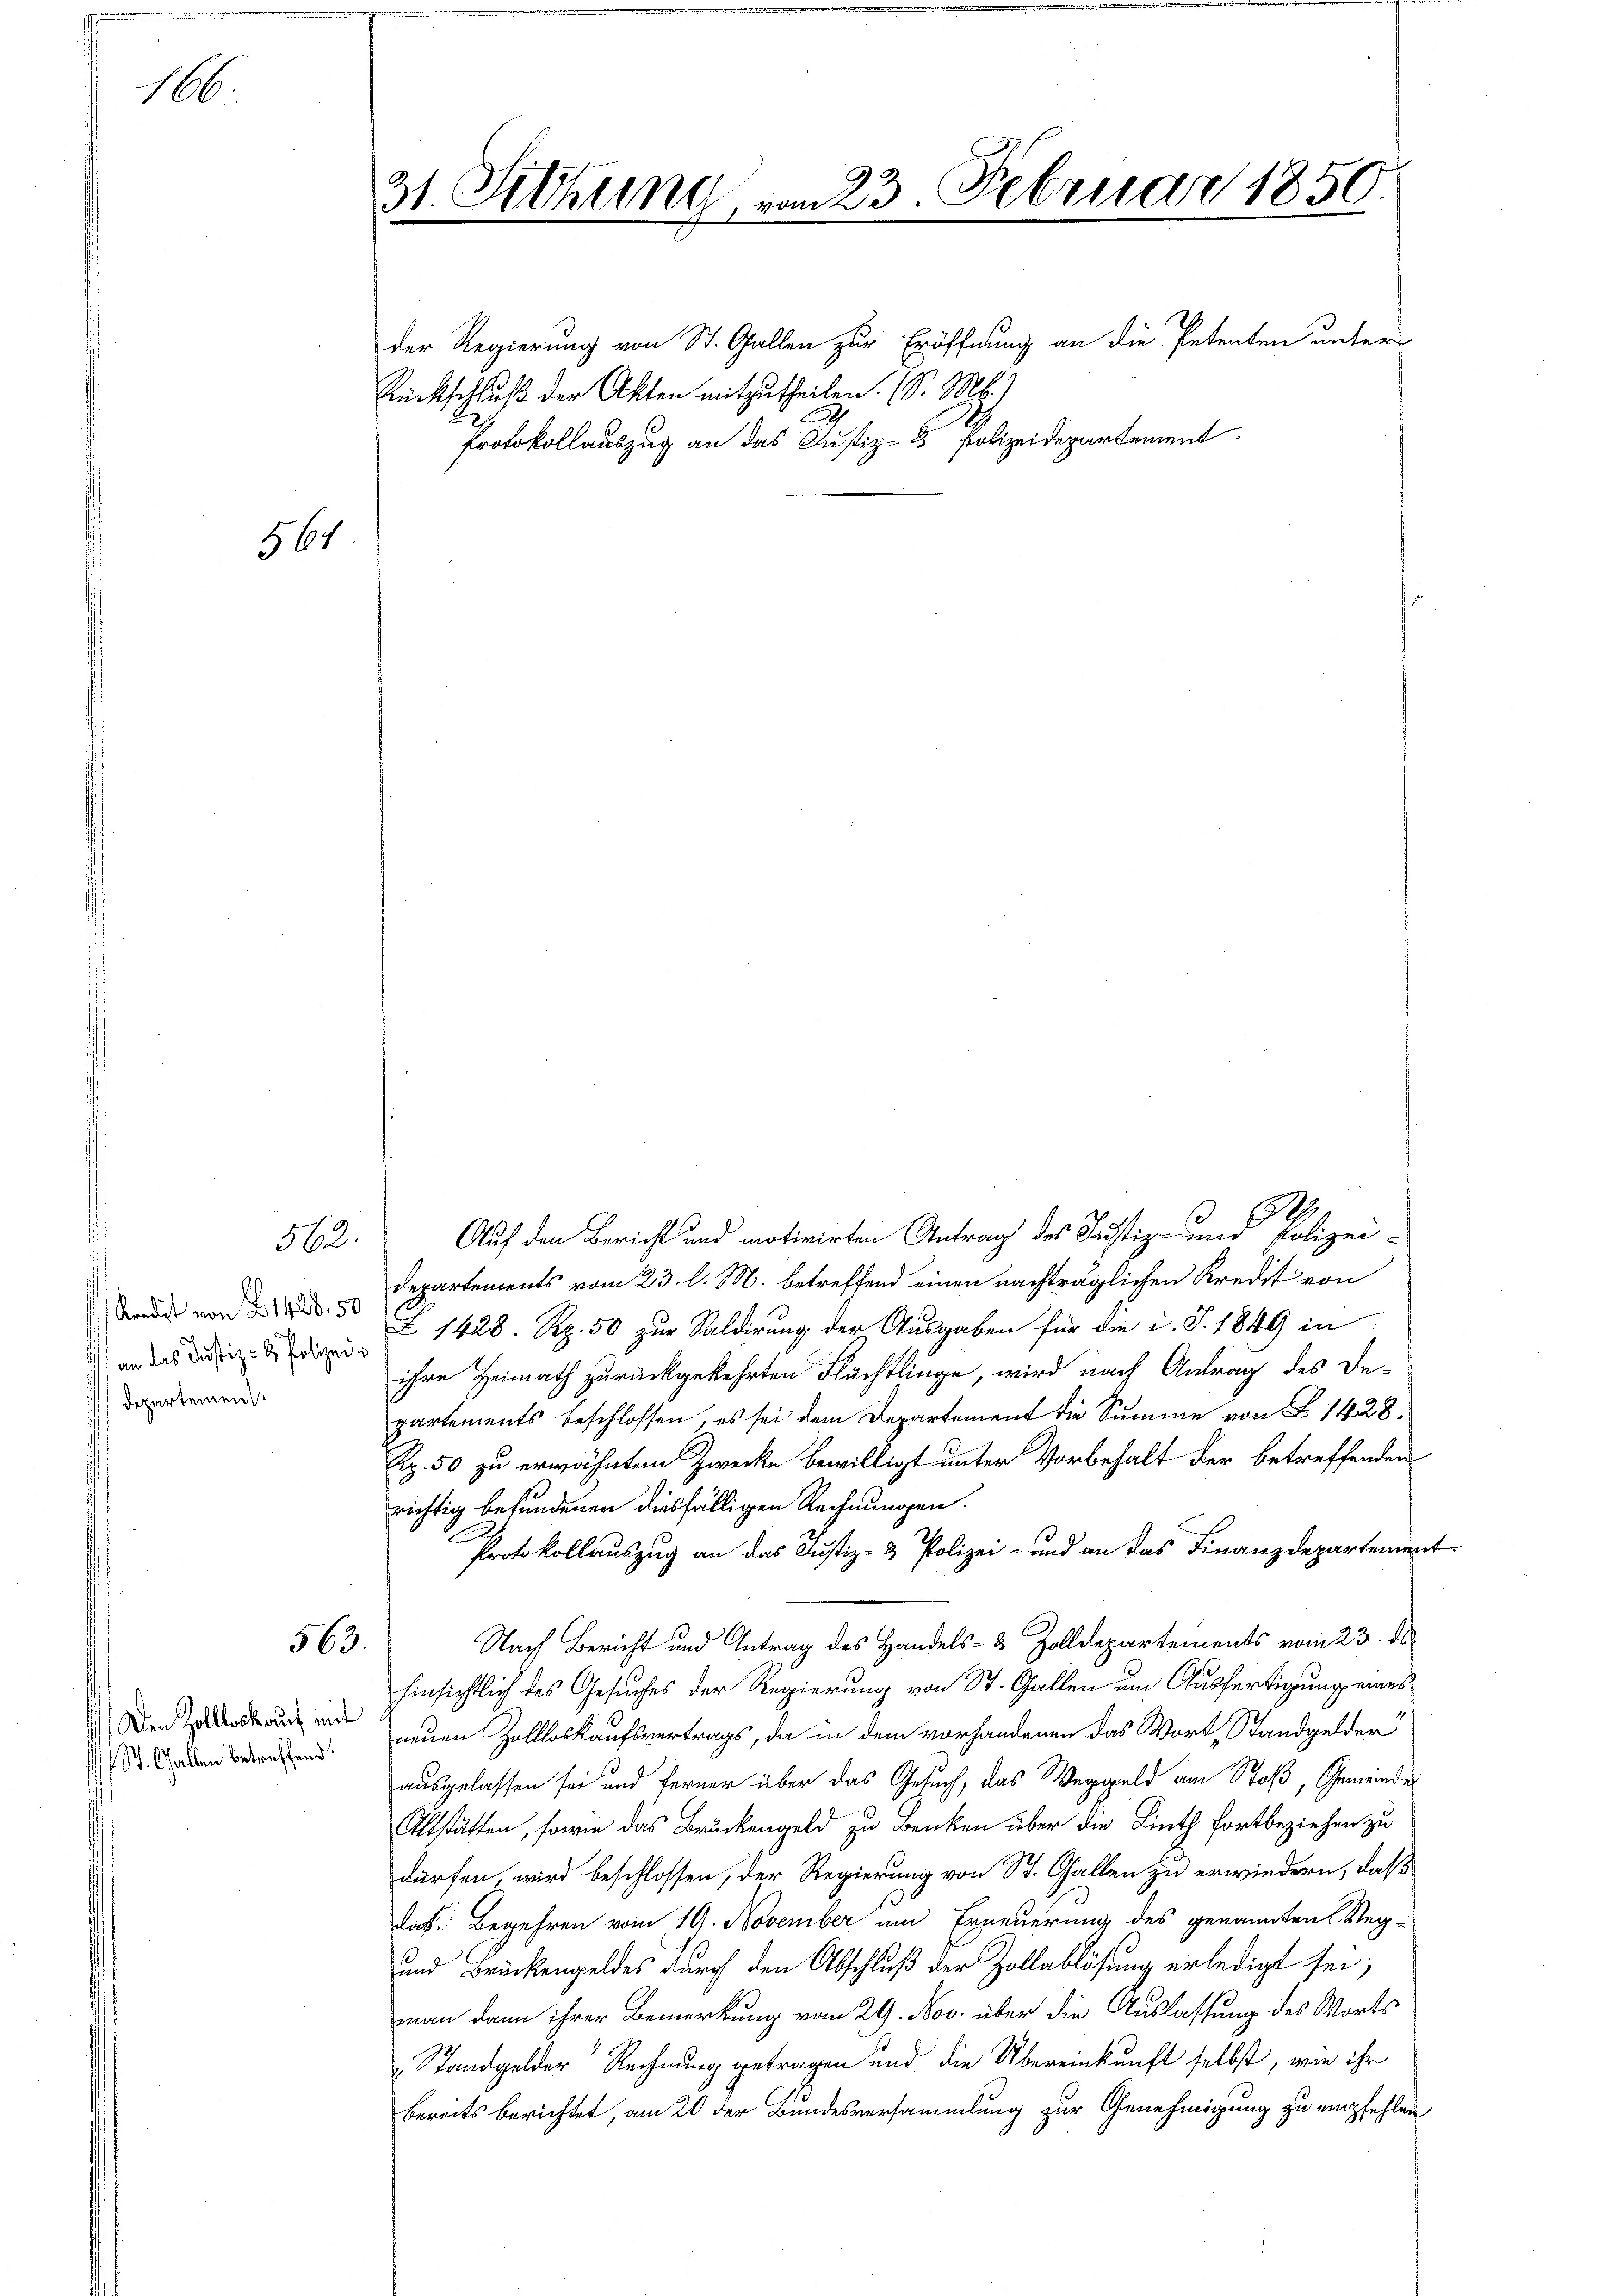
1

561

562.

Kredit von 1428. 50
 an das Justiz- & Polizei¬
 Departement

563.

Den Zolltock auf mit
f St. Gallen betreffend.

31 Sitzung vom 23. Februar 1850
der Regierung von St. Gallen zur Eröffnung an die Petenten unter
Rückschluß der Akten mitzutheilen. (S. M.)
Protokollauszug an das Justiz- & Polizeidepartement

2
Auf den Bericht und motivirten Antrag des Justiz- und Polizei-
Departements vom 23. l. M. betreffend einen nachträglichen Kredit von
Z 1428 Rp. 50 zur Saldirung der Ausgaben für die u. S. 1849 in
ihre Heimath zurückgekehrten Flächtlinge, wird nach Antrag des Departements beschlossen, es sei dem Departement die Summe von 1428.
Rp. 50 zu erwähnten Zwecke bewilligt unter Vorbehalt der betreffenden
richtig befundenen diesfälligen Rechnungen.
Protokollauszug an das Justiz- & Polizei- und an das Finanzdepartement
Nach Bericht und Antrag des Handels- & Zolldepartements vom 23. ds
hinsichtlich des Gesuches der Regierung von St. Gallen um Ausfertigung eines
neuen Zollloskaufsvertrags, da in dem vorhandenen das Wort Standgelder
ausgelassen sei und ferner über das Gesuch, das Weggeld am Stoß, Gemeinde
Altstätten, sowie das Brückengeld zu Benken über die Linth fortbeziehen zu
dürfen, wird beschlossen, der Regierung von St. Gallen zu erwiedern, daß
das Begehren vom 19. November um Erneuerung des genannten Weg-
und Brückengeldes durch den Abschluß der Zollablösung erledigt sei;
man dann ihrer Bemerkung vom 29. Nov. über die Auslassung des Worts
Standgelder Rechnung getragen und die Übereinkunft selbst, wie ihr
bereits berichtet, am 20 der Bundesversammlung zur Genehmigung zu empfehlen